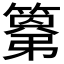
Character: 𮆍